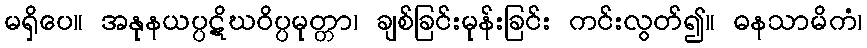
မရှိပေ။ အနုနယပ္ပဋိဃဝိပ္ပမုတ္တာ၊ ချစ်ခြင်းမုန်းခြင်း ကင်းလွတ်၍။ ဓနသာမိကံ၊